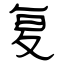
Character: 复